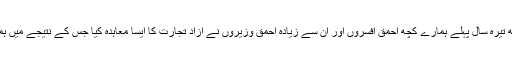
بھلا ہو چین کا کہ جس کے ساتھ تیرہ سال پہلے ہمارے کچھ احمق افسروں اور ان سے زیادہ احمق وزیروں نے آزاد تجارت کا ایسا معاہدہ کیا جس کے نتیجے میں ہماری صنعت تباہ ہو کر رہ گئی۔